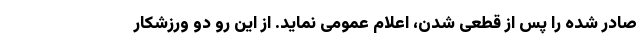
صادر شده را پس از قطعی شدن، اعلام عمومی نماید. از این رو دو ورزشکار